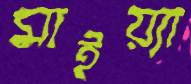
মাইয়্যা